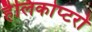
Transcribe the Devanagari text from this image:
हैलिकोप्‍टरों